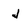
Character: j